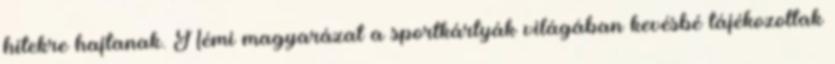
hitekre hajtanak. Némi magyarázat a sportkártyák világában kevésbé tájékozottak